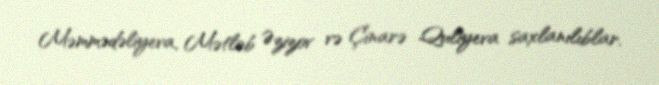
Məmmədəliyeva, Mətləb Əzizov və Çinarə Quliyeva saxlanılıblar.